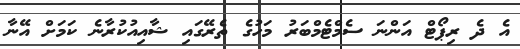
އެ ދެ ރިޕޯޓް އަންނަ ސެމްޓެމްބަރު މަހުގެ ތެރޭގައި ޝާއިއުކުރާނެ ކަމަށް އޭނާ